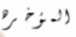
المؤخره